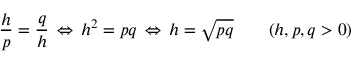
{ \frac { h } { p } } = { \frac { q } { h } } \, \Leftrightarrow \, h ^ { 2 } = p q \, \Leftrightarrow \, h = { \sqrt { p q } } \qquad ( h , p , q > 0 )